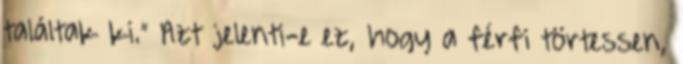
találtak ki.” Azt jelenti-e ez, hogy a férfi törtessen,